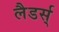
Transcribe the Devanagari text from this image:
लैडर्स्